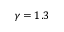
\gamma = 1 . 3